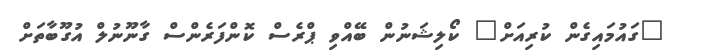
"ގައުމައިގެން ކުރިއަށް" ކޯލިޝަނުން ބޭއްވި ޕްރެސް ކޮންފަރެންސް ގާނޫނުލް އުގޫބާތަށް